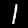
Digit: 1